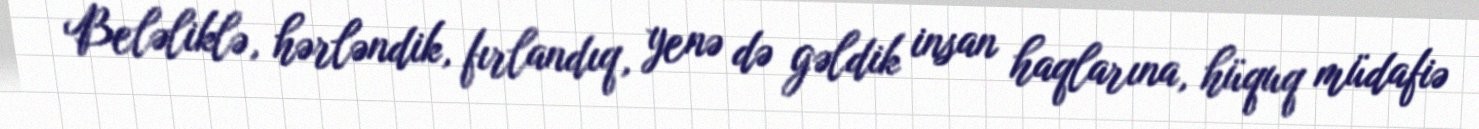
Beləliklə, hərləndik, fırlandıq, yenə də gəldik insan haqlarına, hüquq müdafiə